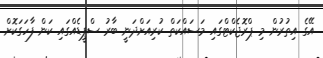
އޭގެ އިތުރުން މި ޕްރޮޖެކްޓްގައި މަސައްކަތް ކުރިއަށްދަނީ ބާރު ސްޕީޑެއްގައި ކަން ފާހަގަކޮށް